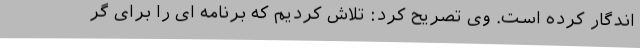
اندگار کرده است. وی تصریح کرد: تلاش کردیم که برنامه ای را برای گر